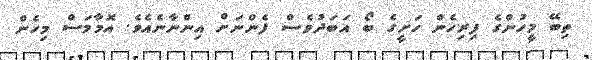
ތިބޭ މީހުންގެ ފިރިހެން ހަށީގެ ބޯ އަބަދުވެސް ފެންނަށް އިންނާނެއެވެ. އޮމާމަސް މިހެން